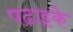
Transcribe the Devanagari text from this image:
पढाइके